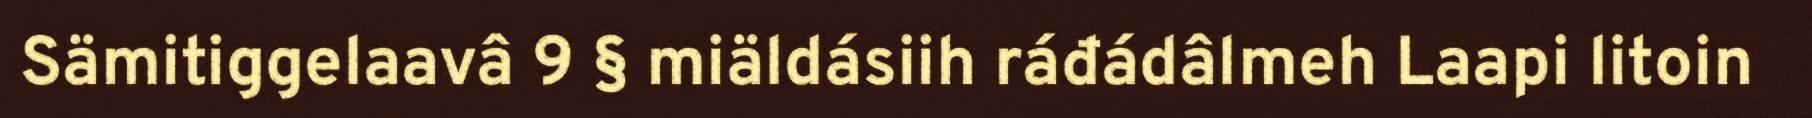
Sämitiggelaavâ 9 § miäldásiih ráđádâlmeh Laapi litoin